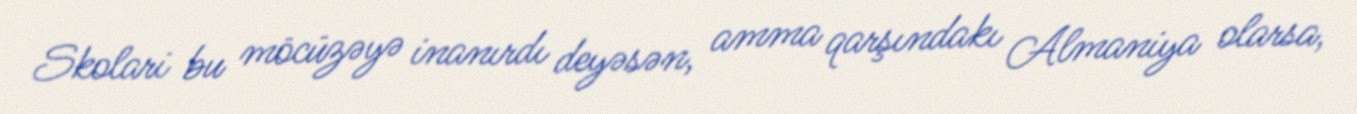
Skolari bu möcüzəyə inanırdı deyəsən, amma qarşındakı Almaniya olarsa,